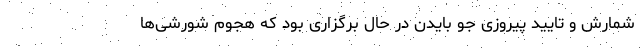
شمارش و تایید پیروزی جو بایدن در حال برگزاری بود که هجوم شورشی‌ها